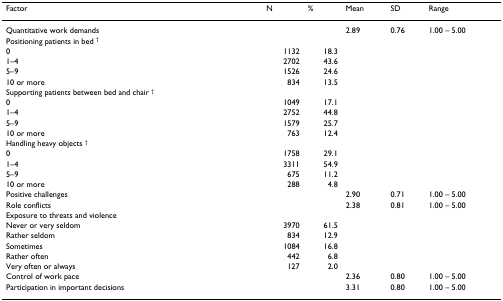
<table><thead><tr><td><b>Factor</b></td><td><b>N</b></td><td><b>%</b></td><td><b>Mean</b></td><td><b>SD</b></td><td><b>Range</b></td></tr></thead><tbody><tr><td>Quantitative work demands</td><td></td><td></td><td>2.89</td><td>0.76</td><td>1.00 – 5.00</td></tr><tr><td>Positioning patients in bed <sup>†</sup></td><td></td><td></td><td></td><td></td><td></td></tr><tr><td>0</td><td>1132</td><td>18.3</td><td></td><td></td><td></td></tr><tr><td>1–4</td><td>2702</td><td>43.6</td><td></td><td></td><td></td></tr><tr><td>5–9</td><td>1526</td><td>24.6</td><td></td><td></td><td></td></tr><tr><td>10 or more</td><td>834</td><td>13.5</td><td></td><td></td><td></td></tr><tr><td>Supporting patients between bed and chair <sup>†</sup></td><td></td><td></td><td></td><td></td><td></td></tr><tr><td>0</td><td>1049</td><td>17.1</td><td></td><td></td><td></td></tr><tr><td>1–4</td><td>2752</td><td>44.8</td><td></td><td></td><td></td></tr><tr><td>5–9</td><td>1579</td><td>25.7</td><td></td><td></td><td></td></tr><tr><td>10 or more</td><td>763</td><td>12.4</td><td></td><td></td><td></td></tr><tr><td>Handling heavy objects <sup>†</sup></td><td></td><td></td><td></td><td></td><td></td></tr><tr><td>0</td><td>1758</td><td>29.1</td><td></td><td></td><td></td></tr><tr><td>1–4</td><td>3311</td><td>54.9</td><td></td><td></td><td></td></tr><tr><td>5–9</td><td>675</td><td>11.2</td><td></td><td></td><td></td></tr><tr><td>10 or more</td><td>288</td><td>4.8</td><td></td><td></td><td></td></tr><tr><td>Positive challenges</td><td></td><td></td><td>2.90</td><td>0.71</td><td>1.00 – 5.00</td></tr><tr><td>Role conflicts</td><td></td><td></td><td>2.38</td><td>0.81</td><td>1.00 – 5.00</td></tr><tr><td>Exposure to threats and violence</td><td></td><td></td><td></td><td></td><td></td></tr><tr><td>Never or very seldom</td><td>3970</td><td>61.5</td><td></td><td></td><td></td></tr><tr><td>Rather seldom</td><td>834</td><td>12.9</td><td></td><td></td><td></td></tr><tr><td>Sometimes</td><td>1084</td><td>16.8</td><td></td><td></td><td></td></tr><tr><td>Rather often</td><td>442</td><td>6.8</td><td></td><td></td><td></td></tr><tr><td>Very often or always</td><td>127</td><td>2.0</td><td></td><td></td><td></td></tr><tr><td>Control of work pace</td><td></td><td></td><td>2.36</td><td>0.80</td><td>1.00 – 5.00</td></tr><tr><td>Participation in important decisions</td><td></td><td></td><td>3.31</td><td>0.80</td><td>1.00 – 5.00</td></tr></tbody></table>